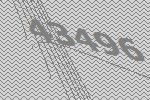
43496